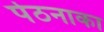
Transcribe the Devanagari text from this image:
पेठनाका